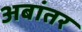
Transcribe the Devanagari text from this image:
अबांतर